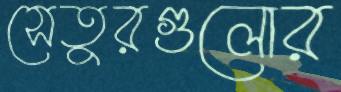
সেতুরগুলোর